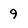
Character: 9